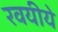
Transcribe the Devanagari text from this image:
रवयीये